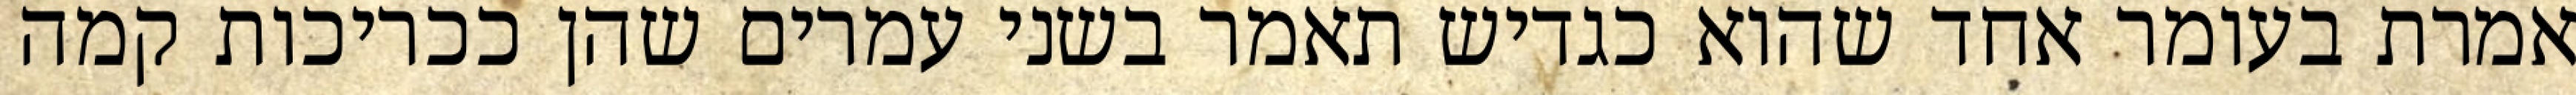
אמרת בעומר אחד שהוא כגדיש תאמר בשני עמרים שהן ככריכות קמה